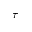
\tau